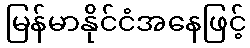
မြန်မာနိုင်ငံအနေဖြင့်